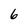
Character: 6